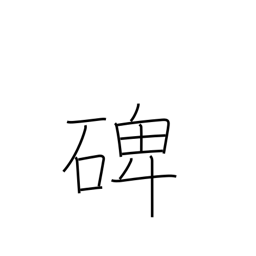
Meaning: tombstone